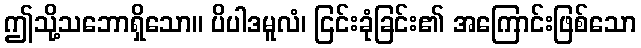
ဤသို့သဘောရှိသော။ ပိပါဒမူလံ၊ ငြင်းခုံခြင်း၏ အကြောင်းဖြစ်သော